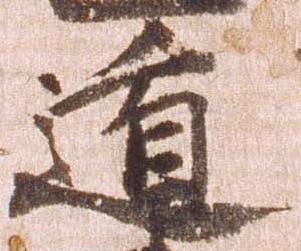
遁